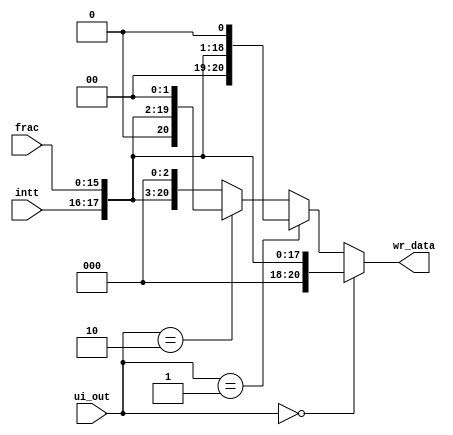
module combsh(frac,intt,ui_out,wr_data);
  input [15:0] frac;
  input [1:0] intt;
  input [1:0] ui_out;
  output [20:0] wr_data;
  assign wr_data = (ui_out == 2'b00) ? {3'b0,intt,frac}:(ui_out == 2'b01) ? {2'b0,intt,frac,1'b0}:(ui_out == 2'b10) ? {1'b0,intt,frac,2'b0}:{intt,frac,3'b0};
endmodule